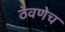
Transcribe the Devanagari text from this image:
ठेवणेच